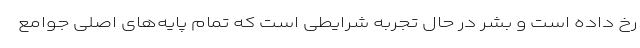
رخ داده است و بشر در حال تجربه شرایطی است که تمام پایه‌های اصلی جوامع